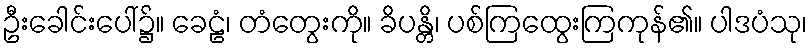
ဦးခေါင်းပေါ်၌။ ခေဠံ၊ တံတွေးကို။ ခိပန္တိ၊ ပစ်ကြထွေးကြကုန်၏။ ပါဒပံသု၊